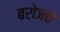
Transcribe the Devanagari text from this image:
बरोजचे